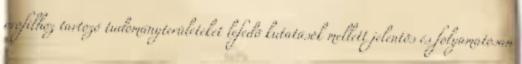
profilhoz tartozó tudományterületeket lefedõ kutatások mellett jelentõs és folyamatosan